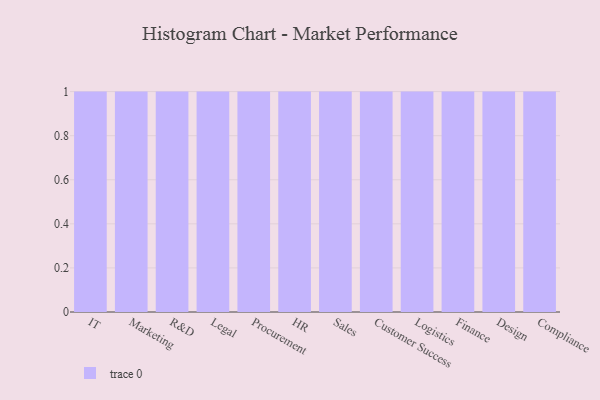
{"axis": {"x": "Department", "y": "Active Users"}, "legend": [""], "data": [{"x": "IT", "y": 73, "type": ""}, {"x": "Marketing", "y": 8, "type": ""}, {"x": "R&D", "y": 33, "type": ""}, {"x": "Legal", "y": 14, "type": ""}, {"x": "Procurement", "y": 24, "type": ""}, {"x": "HR", "y": 10, "type": ""}, {"x": "Sales", "y": 19, "type": ""}, {"x": "Customer Success", "y": 2, "type": ""}, {"x": "Logistics", "y": 74, "type": ""}, {"x": "Finance", "y": 59, "type": ""}, {"x": "Design", "y": 34, "type": ""}, {"x": "Compliance", "y": 20, "type": ""}]}